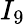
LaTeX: I_{9}